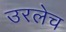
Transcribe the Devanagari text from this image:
उरलेच